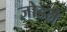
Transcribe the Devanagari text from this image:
जोडऩे